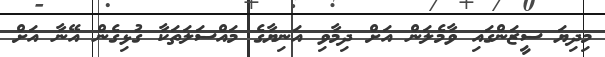
މިދިޔަ ސީޒަންގައި ވާމެލަން އަށް ދިމާވި އަނިޔާގެ މައްސަލަތަކާ ގުޅިގެން އޭނާ އަށް